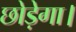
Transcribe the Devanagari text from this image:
छोड़ेगा।